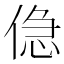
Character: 𠋎